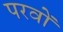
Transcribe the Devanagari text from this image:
परवों